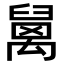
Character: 𥝅